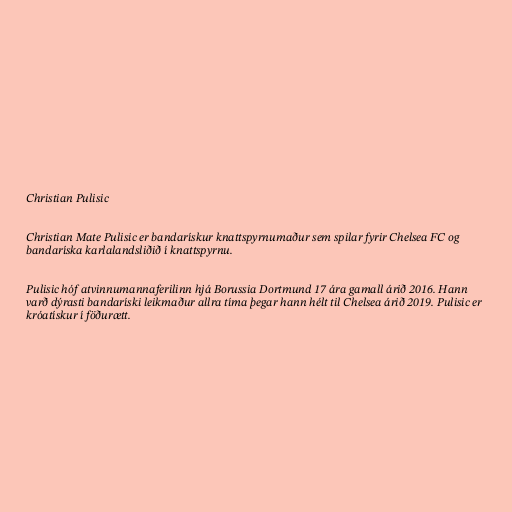
Christian Pulisic

Christian Mate Pulisic er bandarískur knattspyrnumaður sem spilar fyrir Chelsea FC og
bandaríska karlalandsliðið í knattspyrnu.

Pulisic hóf atvinnumannaferilinn hjá Borussia Dortmund 17 ára gamall árið 2016. Hann
varð dýrasti bandaríski leikmaður allra tíma þegar hann hélt til Chelsea árið 2019. Pulisic er
króatískur í föðurætt.